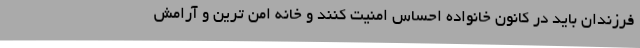
فرزندان باید در کانون خانواده احساس امنیت کنند و خانه امن ترین و آرامش